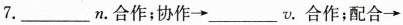
7.___n.合作；协作→___v.合作；配合→